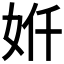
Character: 𫰙